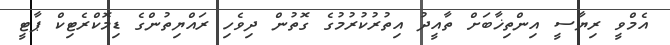
އެމްވީ ރިޔާސީ އިންތިޚާބަށް ތާއީދު އިތުރުކުރުމުގެ ގޮތުން ދިވެހި ރައްޔިތުންގެ ޑިމޮކްރެޓިކް ޕާޓީ